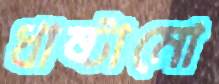
ধাষ্টামো